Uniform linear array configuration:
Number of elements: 16
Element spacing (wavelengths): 0.5
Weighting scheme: blackman
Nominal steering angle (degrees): -60
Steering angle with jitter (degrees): -58.396
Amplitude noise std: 0.05
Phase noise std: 0.05

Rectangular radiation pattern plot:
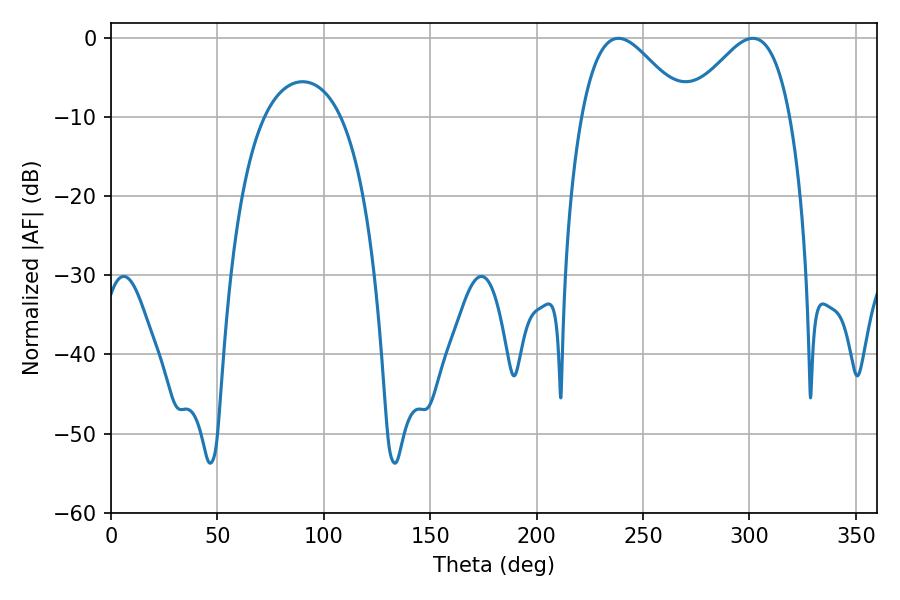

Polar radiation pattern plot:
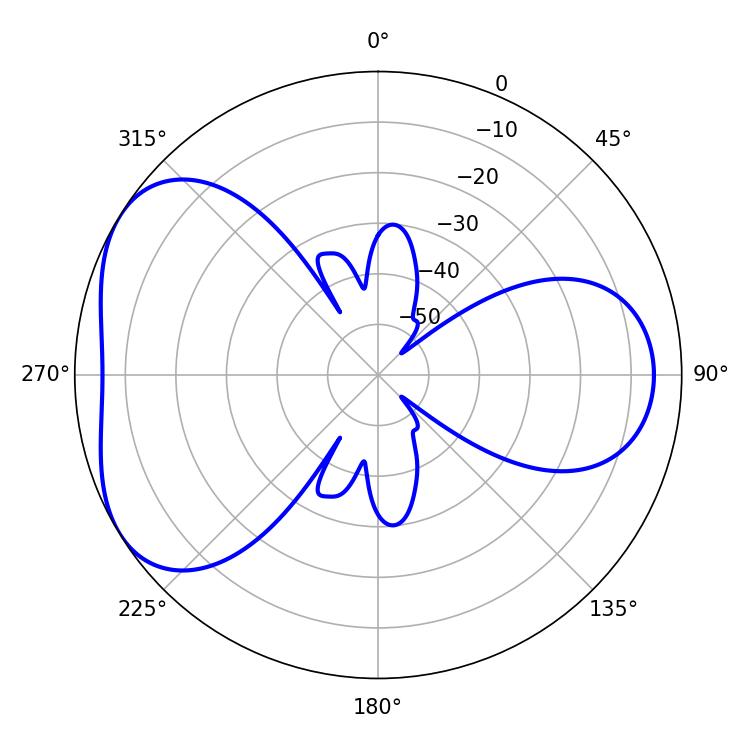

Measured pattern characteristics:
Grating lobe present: FALSE
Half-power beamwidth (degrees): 26.1
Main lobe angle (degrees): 238.5